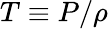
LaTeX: T\equiv P/\rho